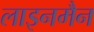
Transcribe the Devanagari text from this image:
लाइनमैन